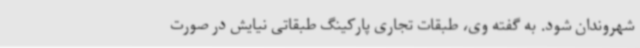
شهروندان شود. به گفته وی، طبقات تجاری پارکینگ طبقاتی نیایش در صورت